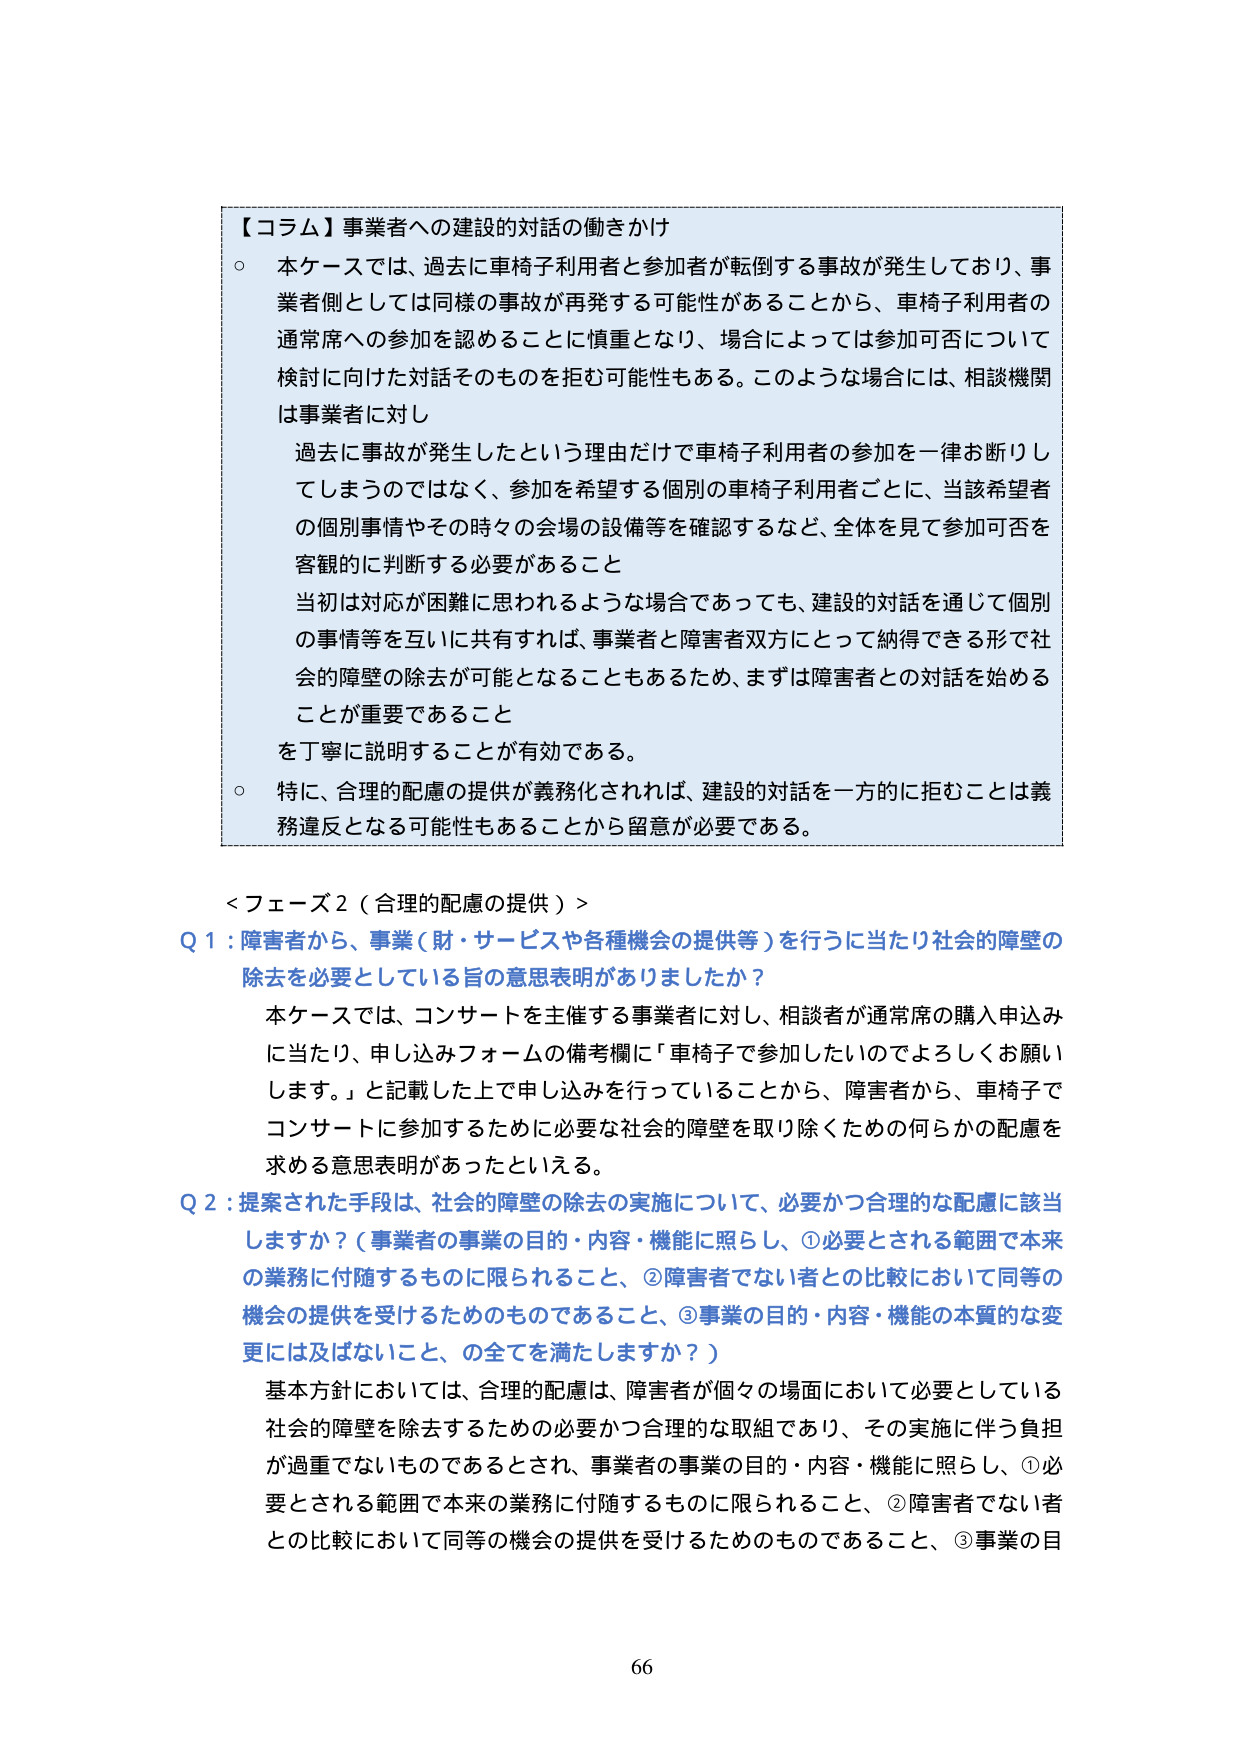
【コラム】事業者への建設的対話の働きかけ
○ 本ケースでは、過去に車椅子利用者と参加者が転倒する事故が発生しており、事業者側としては同様の事故が再発する可能性があることから、車椅子利用者の通常席への参加を認めることに慎重となり、場合によっては参加可否について検討に向けた対話そのものを拒む可能性もある。このような場合には、相談機関は事業者に対し
　過去に事故が発生したという理由だけで車椅子利用者の参加を一律お断りしてしまうのではなく、参加を希望する個別の車椅子利用者ごとに、当該希望者の個別事情やその時々の会場の設備等を確認するなど、全体を見て参加可否を客観的に判断する必要があること
　当初は対応が困難に思われるような場合であっても、建設的対話を通じて個別の事情等を互いに共有すれば、事業者と障害者双方にとって納得できる形で社会的障壁の除去が可能となることもあるため、まずは障害者との対話を始めることが重要であること
　を丁寧に説明することが有効である。
○ 特に、合理的配慮の提供が義務化されれば、建設的対話を一方的に拒むことは義務違反となる可能性もあることから留意が必要である。

＜フェーズ2（合理的配慮の提供）＞
Q1：障害者から、事業（財・サービスや各種機会の提供等）を行うに当たり社会的障壁の除去を必要としている旨の意思表明がありましたか？
　本ケースでは、コンサートを主催する事業者に対し、相談者が通常席の購入申込みに当たり、申し込みフォームの備考欄に「車椅子で参加したいのでよろしくお願いします。」と記載した上で申し込みを行っていることから、障害者から、車椅子でコンサートに参加するために必要な社会的障壁を取り除くための何らかの配慮を求める意思表明があったといえる。
Q2：提案された手段は、社会的障壁の除去の実施について、必要かつ合理的な配慮に該当しますか？（事業者の事業の目的・内容・機能に照らし、①必要とされる範囲で本来の業務に付随するものに限られること、②障害者でない者との比較において同等の機会の提供を受けるためのものであること、③事業の目的・内容・機能の本質的な変更には及ばないこと、の全てを満たしますか？）
　基本方針においては、合理的配慮は、障害者が個々の場面において必要としている社会的障壁を除去するための必要かつ合理的な取組であり、その実施に伴う負担が過重でないものであるとされ、事業者の事業の目的・内容・機能に照らし、①必要とされる範囲で本来の業務に付随するものに限られること、②障害者でない者との比較において同等の機会の提供を受けるためのものであること、③事業の目

66